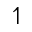
\upharpoonleft